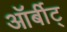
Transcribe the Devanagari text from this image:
ऑर्बीट्